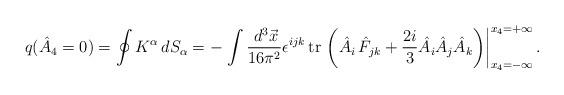
LaTeX: \begin{align*}q(\hat{A}_4=0)=\oint K^\alpha \,dS_\alpha =-\left. \int \frac{\,d^3\vec{x}}{16\pi ^2}\epsilon ^{ijk}\,{\rm tr\,}\left( \hat{A}_i\,\hat{F}_{jk} + \frac{2i}3\hat{A}_i\hat{A}_j\hat{A}_k\right) \right|_{x_4=-\infty }^{x_4=+\infty}.\end{align*}